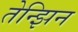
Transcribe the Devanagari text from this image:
तेन्झिन